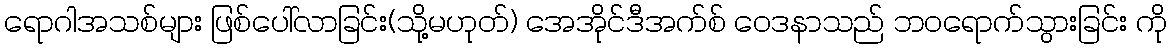
ရောဂါအသစ်များ ဖြစ်ပေါ်လာခြင်း(သို့မဟုတ်) အေအိုင်ဒီအက်စ် ဝေဒနာသည် ဘဝရောက်သွားခြင်း ကို